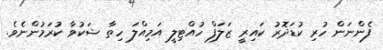
ފެންނަން ހުރި ކުޑަދޮރު ކައިރީ ޒަލަފް ހުއްޓިލީ އަމިއްލަ ހިތާ ޝަކުވާ ކުރަމުންނެވެ.